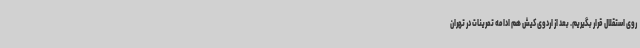
روی استقلال قرار بگیریم. بعد از اردوی کیش هم ادامه تمرینات در تهران